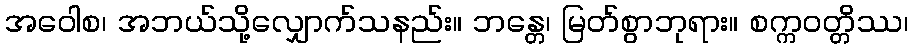
အဝေါစ၊ အဘယ်သို့လျှောက်သနည်း။ ဘန္တေ၊ မြတ်စွာဘုရား။ စက္ကဝတ္တိဿ၊